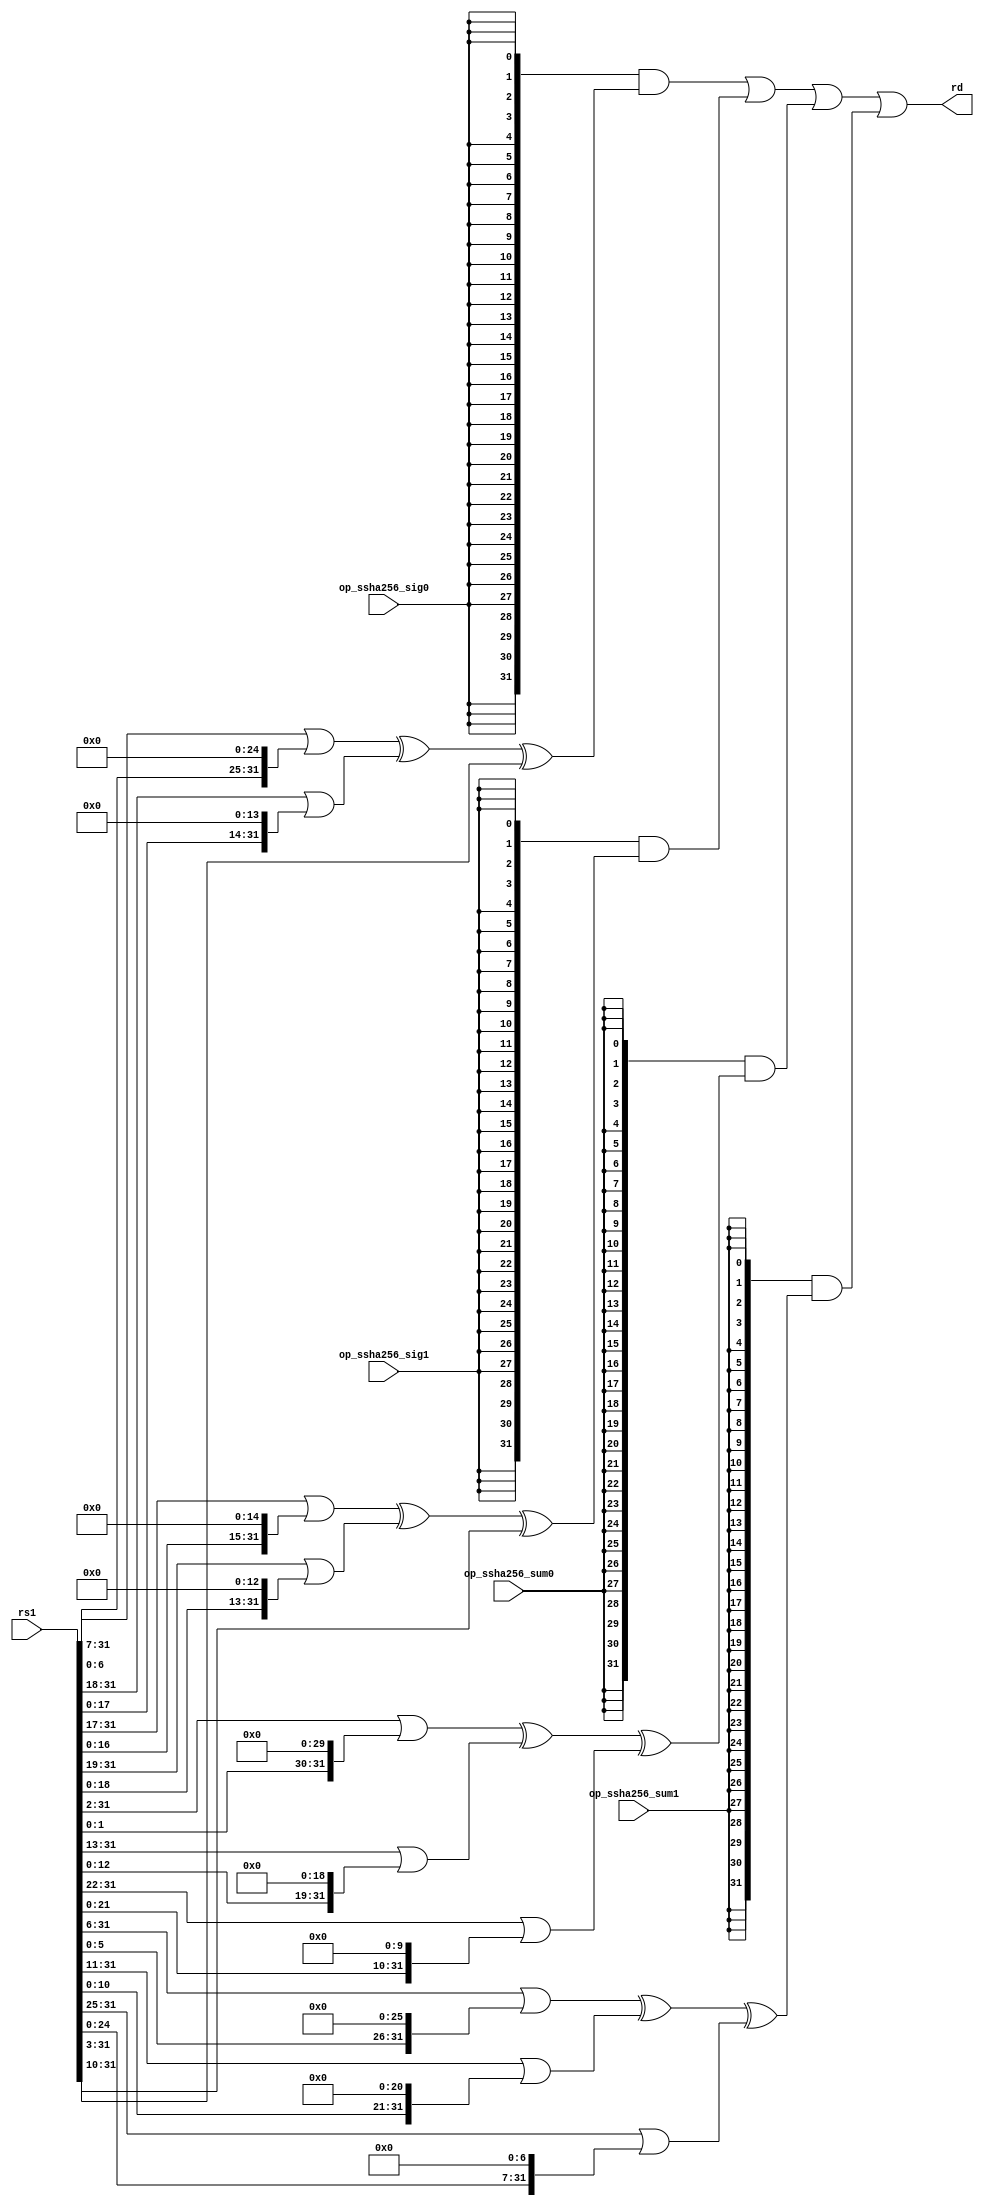
module riscv_crypto_fu_ssha256 (rs1, op_ssha256_sig0, op_ssha256_sig1, op_ssha256_sum0, op_ssha256_sum1, rd);

input [31:0] rs1      ; // Source register 1. Low 32 bits.

input op_ssha256_sig0 ; // SHA256 Sigma 0
input op_ssha256_sig1 ; // SHA256 Sigma 1
input op_ssha256_sum0 ; // SHA256 Sum 0
input op_ssha256_sum1 ; // SHA256 Sum 1

output [31:0] rd ; // Result.

wire [31:0] ssha256_sig0, ssha256_sig1, ssha256_sum0, ssha256_sum1;

//
// Local/internal parameters and useful defines:
// ------------------------------------------------------------

`define ROR32(a,b) ((a >> b) | (a << 32-b))
`define SRL32(a,b) ((a >> b)              )

//
// Instruction logic
// ------------------------------------------------------------

// Single cycle instructions.

assign ssha256_sig0 = `ROR32(rs1, 7) ^ `ROR32(rs1,18) ^ `SRL32(rs1, 3);

assign ssha256_sig1 = `ROR32(rs1,17) ^ `ROR32(rs1,19) ^ `SRL32(rs1,10);

assign ssha256_sum0 = `ROR32(rs1, 2) ^ `ROR32(rs1,13) ^ `ROR32(rs1,22);

assign ssha256_sum1 = `ROR32(rs1, 6) ^ `ROR32(rs1,11) ^ `ROR32(rs1,25);

assign rd=
    {32{op_ssha256_sig0}} & ssha256_sig0    |
    {32{op_ssha256_sig1}} & ssha256_sig1    |
    {32{op_ssha256_sum0}} & ssha256_sum0    |
    {32{op_ssha256_sum1}} & ssha256_sum1    ;

//
// Clean up macro definitions
// ------------------------------------------------------------

`undef ROR32
`undef SRL32

endmodule